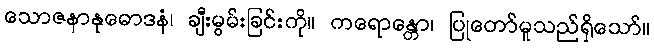
သောဇနာနုဓောဒနံ၊ ချီးမွမ်းခြင်းကို။ ကရောန္တော၊ ပြုတော်မူသည်ရှိသော်။